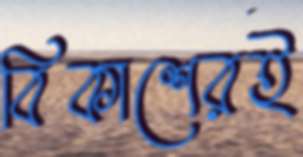
বিকাশেরই